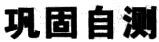
巩固自测